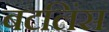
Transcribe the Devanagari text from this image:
बटलिंस